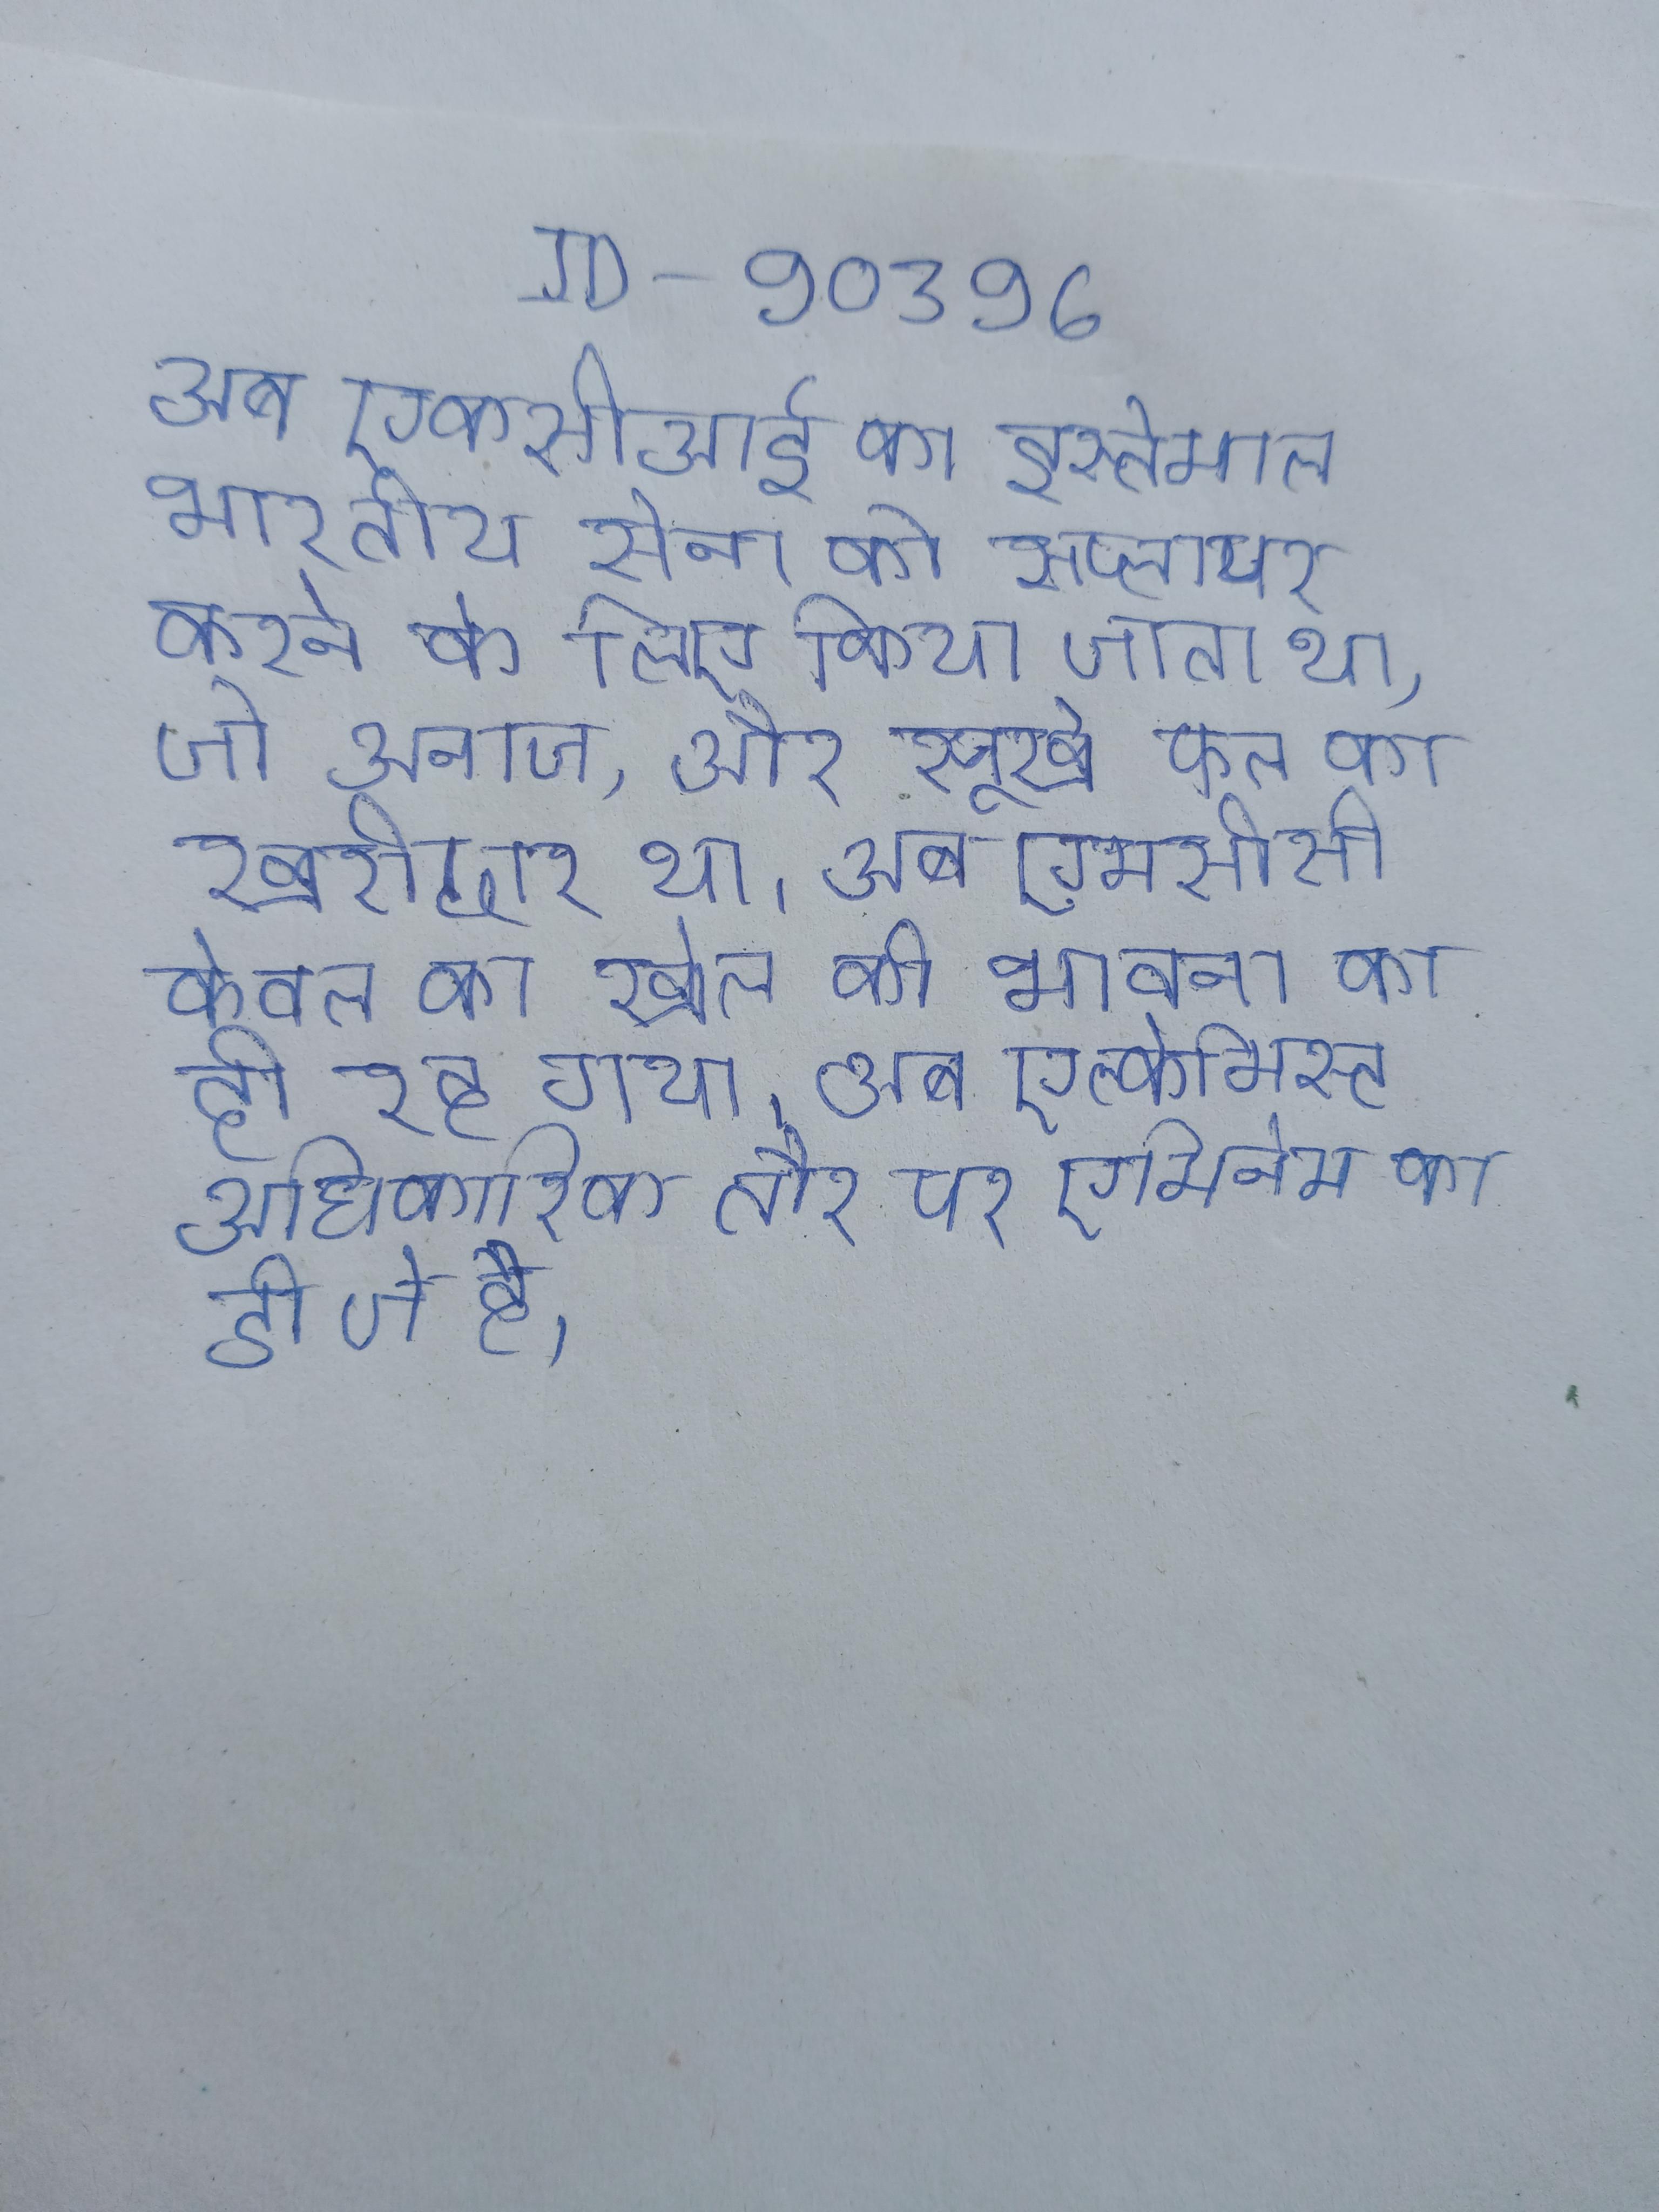
अब एफसीआई का इस्तेमाल भारतीय सेना को सप्लायर करने के लिए किया जाता था, जो अनाज, और सूखे फल का खरीदार था । अब एमसीसी केवल का खेल की भावना का ही रह गया । अब एल्केमिस्ट अधिकारिक तौर पर एमिनेम का डी जे है ।